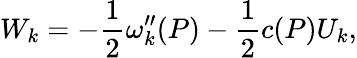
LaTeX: W_{k}=-{\frac{1}{2}}\omega_{k}^{\prime\prime}(P)-{\frac{1}{2}}c(P)U_{k},